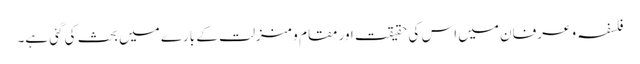
فلسفہ و عرفان میں اس کی حقیقت اور مقام و منزلت کے بارے میں بحث کی گئی ہے۔